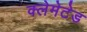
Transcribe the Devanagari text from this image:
क्लेमेटेड